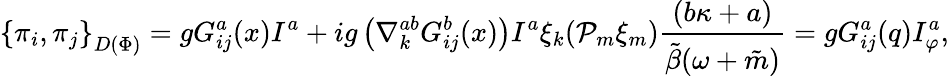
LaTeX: {\{ \pi_{i},\pi_{j}\} }_{D(\Phi)}=gG_{ij}^{a}(x)I^{a}+ig\left(\nabla_{k}^{ab}G_{ij}^{b}(x)\right)I^{a}\xi_{k}({\cal P}_{m}\xi_{m})\frac{(b\kappa+a)}{\tilde{\beta}(\omega+\tilde{m})}=gG_{ij}^{a}(q)I_{\varphi}^{a},